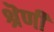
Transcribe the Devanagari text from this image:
श्रॆणी